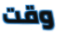
وقت